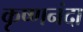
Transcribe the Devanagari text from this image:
कृष्णनंदा